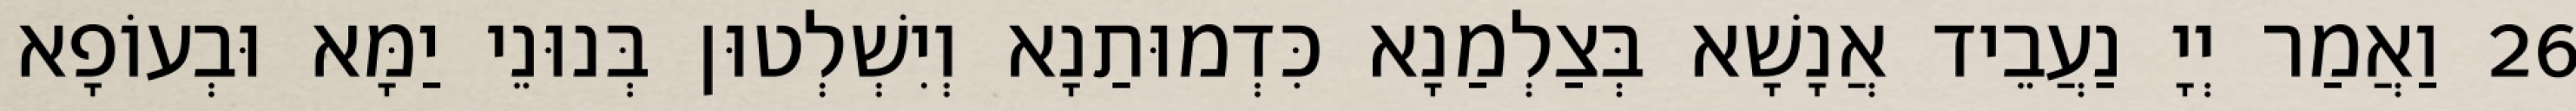
26 וַאֲמַר יְיָ נַעֲבֵיד אֲנָשָׁא בְּצַלְמַנָא כִּדְמוּתַנָא וְיִשְׁלְטוּן בְּנוּנֵי יַמָּא וּבְעוֹפָא